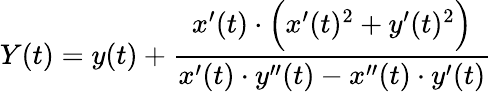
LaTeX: \displaystyle Y(t)=y(t)+{\frac{x^{\prime}(t)\cdot{\Big(}x^{\prime}(t)^{2}+y^{\prime}(t)^{2}{\Big)}}{x^{\prime}(t)\cdot y^{\prime\prime}(t)-x^{\prime\prime}(t)\cdot y^{\prime}(t)}}